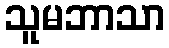
သူမဘာသာ